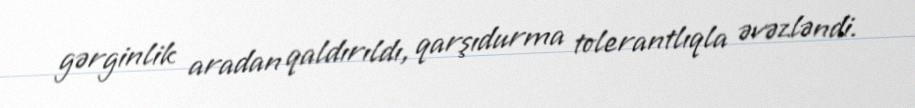
gərginlik aradan qaldırıldı, qarşıdurma tolerantlıqla əvəzləndi.